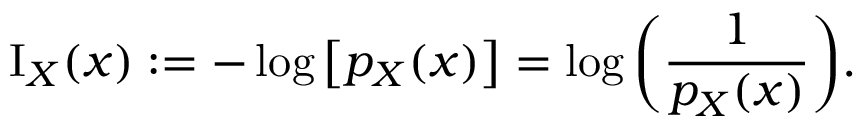
\operatorname { I } _ { X } ( x ) : = - \log { \left[ p _ { X } { \left( x \right) } \right] } = \log { \left( { \frac { 1 } { p _ { X } { \left( x \right) } } } \right) } .